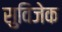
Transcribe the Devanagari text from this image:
सुविजेक